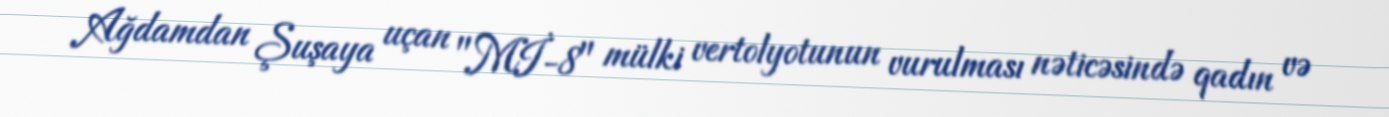
Ağdamdan Şuşaya uçan "Mİ-8" mülki vertolyotunun vurulması nəticəsində qadın və